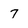
Character: 7